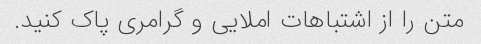
متن را از اشتباهات املایی و گرامری پاک کنید.